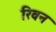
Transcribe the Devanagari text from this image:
रिवन